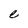
Character: e